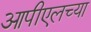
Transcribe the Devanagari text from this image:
आपीएलच्या